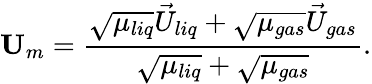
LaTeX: \mathbf{U}_{m}=\frac{\sqrt{\mu_{liq}}\vec{U}_{liq}+\sqrt{\mu_{gas}}\vec{U}_{gas}}{\sqrt{\mu_{liq}}+\sqrt{\mu_{gas}}}.